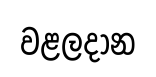
වළලදාන